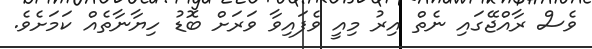
ވެސް ރާއްޖޭގައި ނެތް އިރު މިއީ ވެފައިވާ ވަރަށް ބޮޑު ހިޔާނާތެއް ކަމަށެވެ.